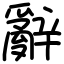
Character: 辭